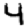
Digit: 4